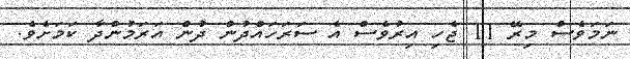
ނަމަވެސް މިރޭ 11 ޖެހި އިރުވެސް އެ ސަރަހައްދުން ދުން އަރަމުންދާ ކަމަށެވެ.